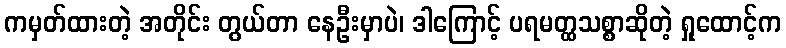
ကမှတ်ထားတဲ့ အတိုင်း တွယ်တာ နေဦးမှာပဲ၊ ဒါကြောင့် ပရမတ္ထသစ္စာဆိုတဲ့ ရှုထောင့်က